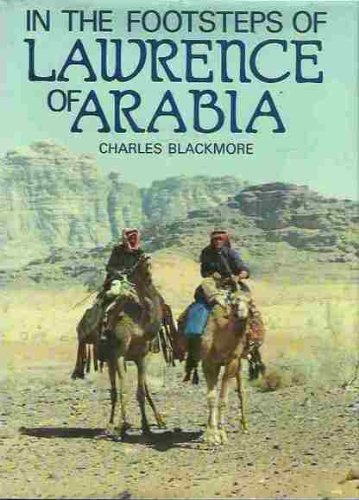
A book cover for In the Footsteps of Lawrence of Arabia; Charles Blackmore; Travel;